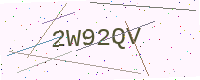
Text: 2W92QV